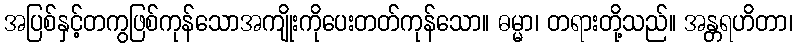
အပြစ်နှင့်တကွဖြစ်ကုန်သောအကျိုးကိုပေးတတ်ကုန်သော။ ဓမ္မာ၊ တရားတို့သည်။ အန္တရဟိတာ၊